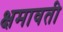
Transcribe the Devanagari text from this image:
क्षमावती